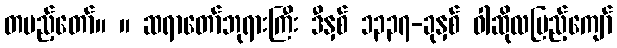
တပည့်တော်။ ။ ဆရာတော်ဘုရားကြီး ဒီနှစ် ၁၃၃၇-ခုနှစ် ဝါဆိုလပြည့်ကျော်